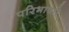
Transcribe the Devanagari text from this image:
परिभाषाो